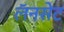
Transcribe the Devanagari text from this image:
लॅनसेट